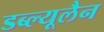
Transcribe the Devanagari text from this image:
डब्ल्यूलैन